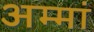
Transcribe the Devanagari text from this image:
अम्मां